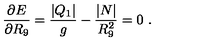
{ \frac { \partial E } { \partial R _ { 9 } } } = { \frac { | Q _ { 1 } | } { g } } - { \frac { | N | } { R _ { 9 } ^ { 2 } } } = 0 \ .